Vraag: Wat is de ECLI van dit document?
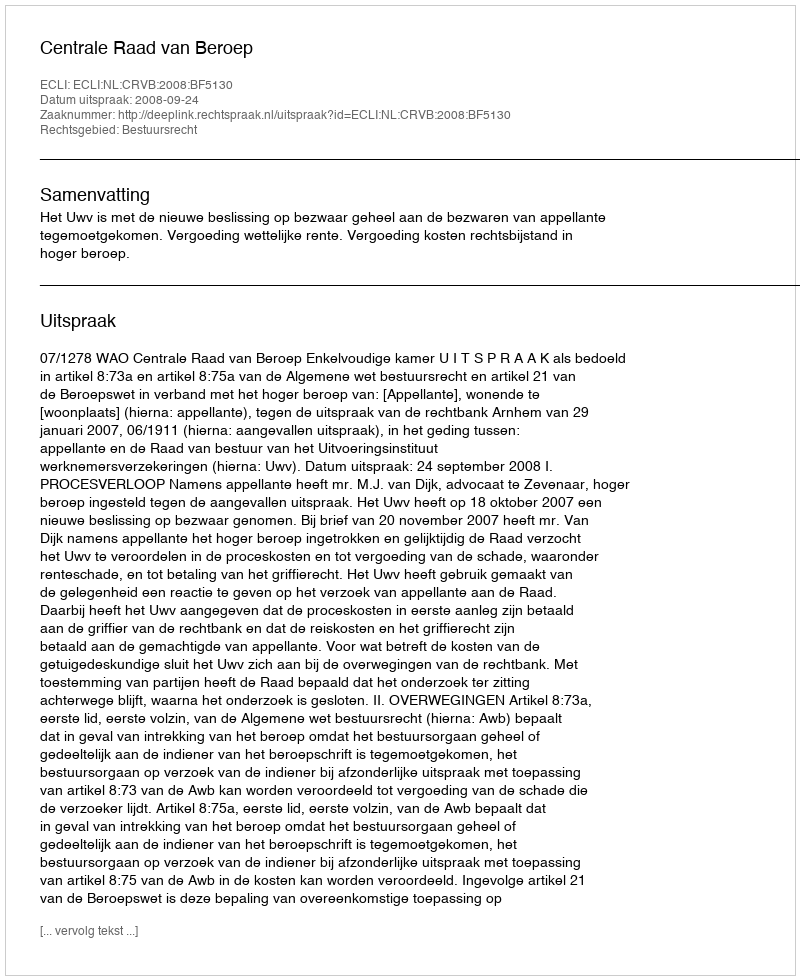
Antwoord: ECLI:NL:CRVB:2008:BF5130